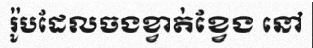
រ៉ូបដែលចងខ្វាត់ខ្វែង នៅ